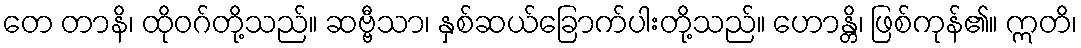
တေ တာနိ၊ ထိုဝဂ်တို့သည်။ ဆဗ္ဗီသာ၊ နှစ်ဆယ်ခြောက်ပါးတို့သည်။ ဟောန္တိ၊ ဖြစ်ကုန်၏။ ဣတိ၊